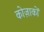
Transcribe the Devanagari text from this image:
कोज़ाकों